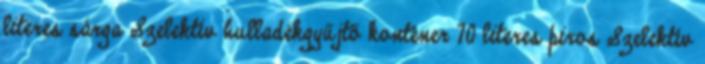
literes sárga Szelektív hulladékgyűjtő konténer 70 literes piros Szelektív